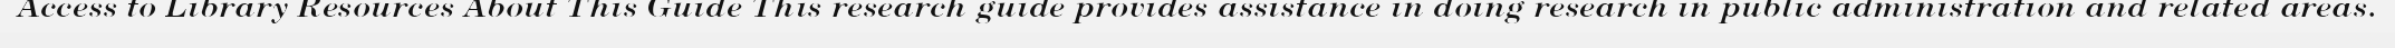
Access to Library Resources About This Guide This research guide provides assistance in doing research in public administration and related areas.